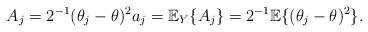
LaTeX: \begin{align*} A_j = 2^{-1}(\theta_j - \theta)^2 a_j = \mathbb{E}_Y\{A_j\} = 2^{-1}\mathbb{E}\{(\theta_j - \theta)^2\}.\end{align*}